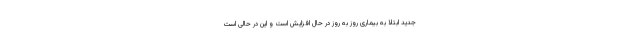
جدید ابتلا به بیماری روز به روز در حال افزایش است و این در حالی است